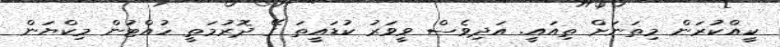
ކީއްކުރަން މިތަނަށް ތިއައީ. އަދިވެސް ވީވަރު ކުޑައީތަ ގޭ ދޮރުމަތީ ހުއްޓުން މިކްޔަން